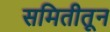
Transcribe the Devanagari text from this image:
समितीतून